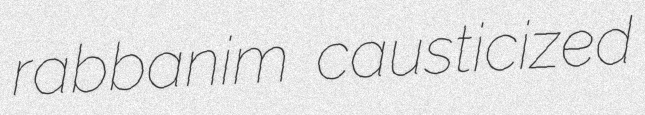
rabbanim causticized